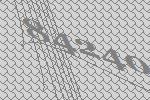
84240